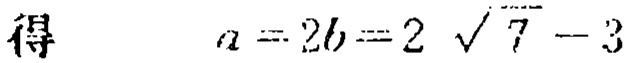
得 \[a = 2b=2\sqrt{7}-3\]